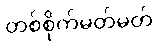
တစ်စိုက်မတ်မတ်